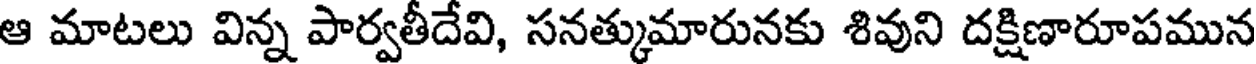
ఆ మాటలు విన్న పార్వతీదేవి, సనత్కుమారునకు శివుని దక్షిణారూపమున